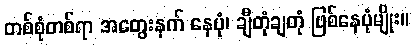
တစ်စုံတစ်ရာ အတွေးနက် နေပုံ၊ ချီတုံချတုံ ဖြစ်နေပုံမျိုး။